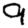
Digit: 9